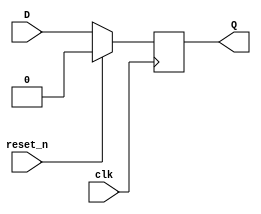
`timescale 1ns / 1ps

module DFF(
           input wire reset_n, 
           input wire clk,
			  input wire D,
			  output reg Q
			  );

always @(posedge clk) begin
	if(reset_n == 1'b0) begin
		Q <= D;
		end
	else begin
		Q <= 1'b0;
		end
end
endmodule